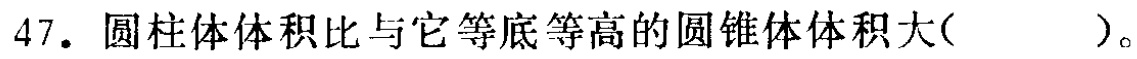
47. 圆柱体体积比与它等底等高的圆锥体体积大( )。